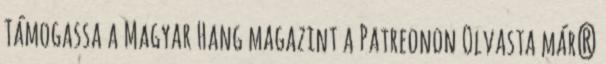
Támogassa a Magyar Hang magazint a Patreonon Olvasta már?